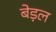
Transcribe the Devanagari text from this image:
बेड़ल